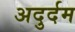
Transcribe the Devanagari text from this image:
अदुर्दम